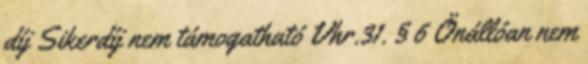
díj Sikerdíj nem támogatható Vhr.31. § 6 Önállóan nem